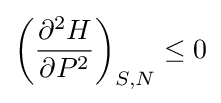
{\biggl (}{\frac {\partial ^{2}H}{\partial P^{2}}}{\biggr )}_{S,N}\leq 0